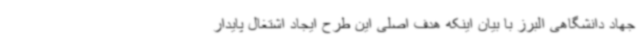
جهاد دانشگاهی البرز با بیان اینکه هدف اصلی این طرح ایجاد اشتغال پایدار